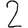
Digit: 2